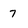
Character: 7